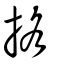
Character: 挌